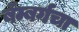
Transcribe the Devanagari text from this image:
बॅम्बर्गचा